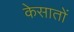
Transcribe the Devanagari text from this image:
केसातों